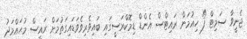
ޖެނީވާ ސަމިޓް ފޯ ހިއުމަން ރައިޓްސް އެންޑް ޑިމޮކްރަސީގައި ބައިވެރިވެވަޑައިގަތުމަށް ރައީސް މުޙައްމަދު